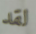
لقد